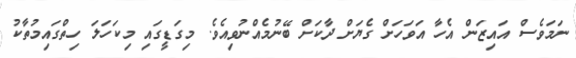
ނަމަވެސް އައިޒަން އެހާ އަވަހަށް ގެޔަށް ދާކަށް ބޭނުމެއްނުވިއެވެ. މިގަޑީގައި މިކަހަލަ ހިތްގައިމުތާކު